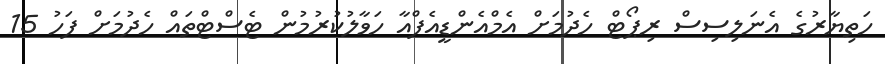
ހަތިޔާރުގެ އެނަލިސިސް ރިޕޯޓް ހެދުމަށް އެމްއެންޑީއެފްއާ ހަވާލުކުރުމުން ޓެސްޓްތައް ހެދުމަށް ފަހު 15